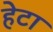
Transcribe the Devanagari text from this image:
हेटा